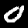
Label: 0